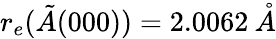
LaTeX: r_{e}(\tilde{A}(000))=2.0062\: \mathring{A}